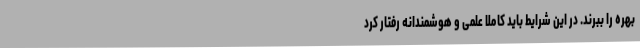
بهره را ببرند. در این شرایط باید کاملا علمی و هوشمندانه رفتار کرد